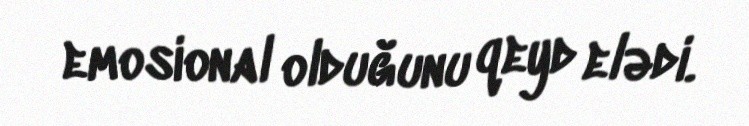
emosional olduğunu qeyd elədi.